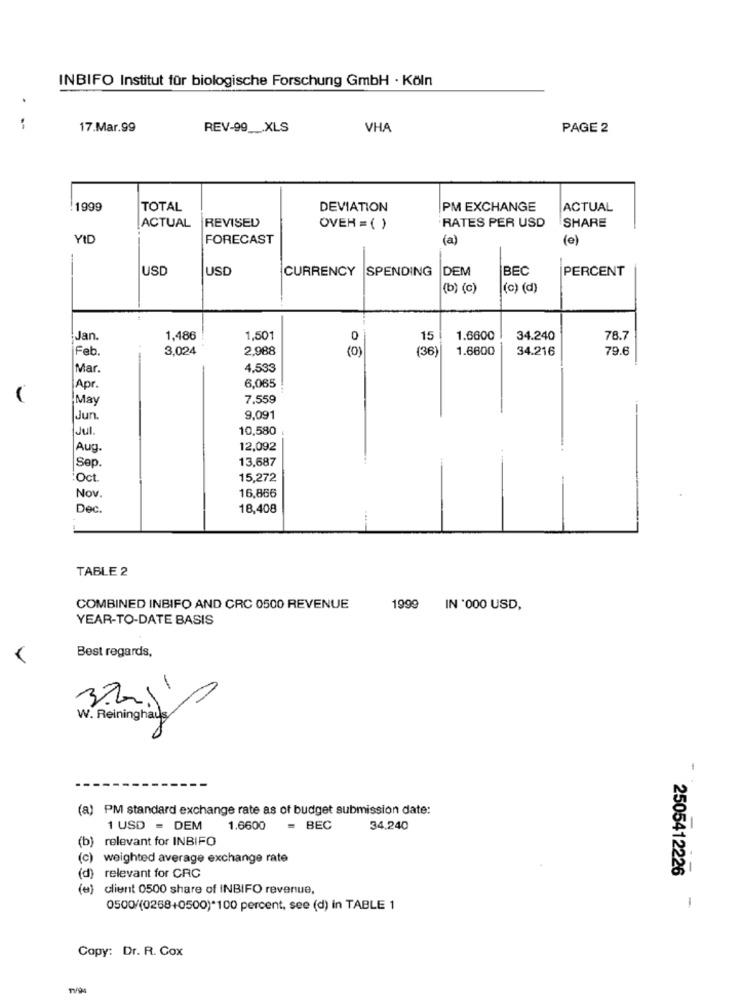
INBIFO Institut für biologische Forschung GmbH · Köln
17.Mar.99
REV-99 __ XLS
VHA
PAGE 2
1999
TOTAL
DEVIATION
PM EXCHANGE
ACTUAL
RATES PER USD
ACTUAL REVISED
OVER =( )
SHARE
YIC
FORECAST
(a)
(e)
USD
USD
CURRENCY SPENDING
DEM
BEC
PERCENT
(b) (c)
(c) (d)
Jan.
1,486
1,501
0
15
1.6600
34.240
78.7
Feb
3,024
2,988
(0)
(36)
1.6600
34.216
79.6
Mar.
4,533
6,065
Apr.
May
7,559
Jun
9,091
Jul .
10,580
Aug.
12,092
Sep.
13,687
"Oct.
15,272
16,866
Nov.
Dec.
18,408
TABLE 2
COMBINED INBIFO AND CRC 0500 REVENUE
1999 IN '000 USD,
YEAR-TO-DATE BASIS
V
Best regards,
W. Reininghaus
-
(a) PM standard exchange rate as of budget submission date:
1 USD = DEM
1.6600
= BEC
34.240
(b) relevant for INBIFO
(c) weighted average exchange rate
(d) relevant for CRC
2505412226
(e) client 0500 share of INBIFO revenue,
0500/(0268+0500)*100 percent, see (d) in TABLE 1
1
Copy: Dr. R. Cox